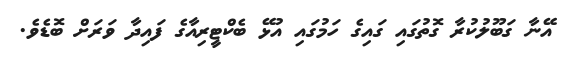
އޭނާ ގަބޫލުކުރާ ގޮތުގައި ގައިގެ ހަމުގައި އުޅޭ ބެކްޓީރިއާގެ ފައިދާ ވަރަށް ބޮޑެވެ.